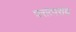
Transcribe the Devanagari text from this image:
परात्पराय